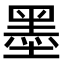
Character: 墨